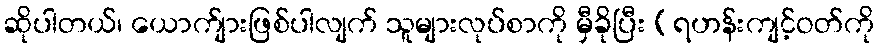
ဆိုပါတယ်၊ ယောက်ျားဖြစ်ပါလျက် သူများလုပ်စာကို မှီခိုပြီး (ရဟန်းကျင့်ဝတ်ကို